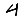
Digit: 4